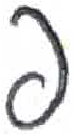
אות: פ